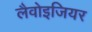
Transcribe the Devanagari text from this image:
लैवोइजियर